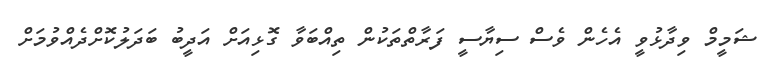
ޝަމީމް ވިދާޅުވީ އެހެން ވެސް ސިޔާސީ ފަރާތްތަކުން ތިއްބަވާ ގޮޅިއަށް އަދީބު ބަދަލުކޮށްދެއްވުމަށް